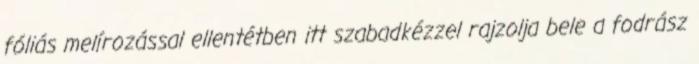
fóliás melírozással ellentétben itt szabadkézzel rajzolja bele a fodrász